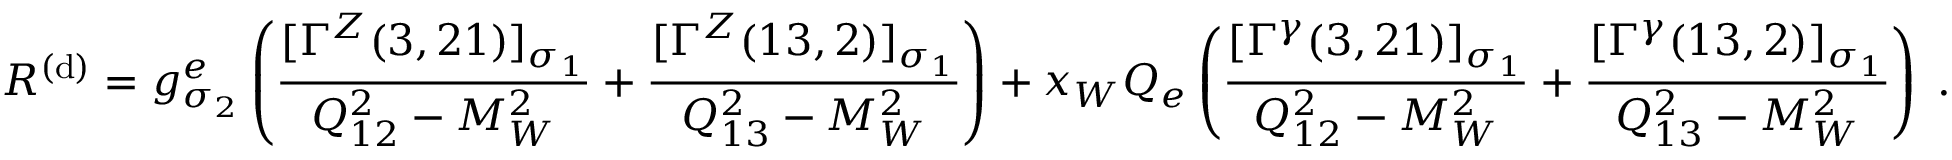
{ \cal R } ^ { ( \mathrm { d } ) } = g _ { \sigma _ { 2 } } ^ { e } \left( \frac { [ \Gamma ^ { Z } ( 3 , 2 1 ) ] _ { \sigma _ { 1 } } } { Q _ { 1 2 } ^ { 2 } - M _ { W } ^ { 2 } } + \frac { [ \Gamma ^ { Z } ( 1 3 , 2 ) ] _ { \sigma _ { 1 } } } { Q _ { 1 3 } ^ { 2 } - M _ { W } ^ { 2 } } \right) + x _ { W } Q _ { e } \left( \frac { [ \Gamma ^ { \gamma } ( 3 , 2 1 ) ] _ { \sigma _ { 1 } } } { Q _ { 1 2 } ^ { 2 } - M _ { W } ^ { 2 } } + \frac { [ \Gamma ^ { \gamma } ( 1 3 , 2 ) ] _ { \sigma _ { 1 } } } { Q _ { 1 3 } ^ { 2 } - M _ { W } ^ { 2 } } \right) \; .